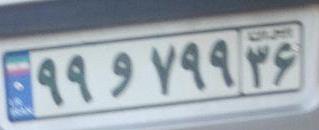
۹۹و۷۹۹۳۶